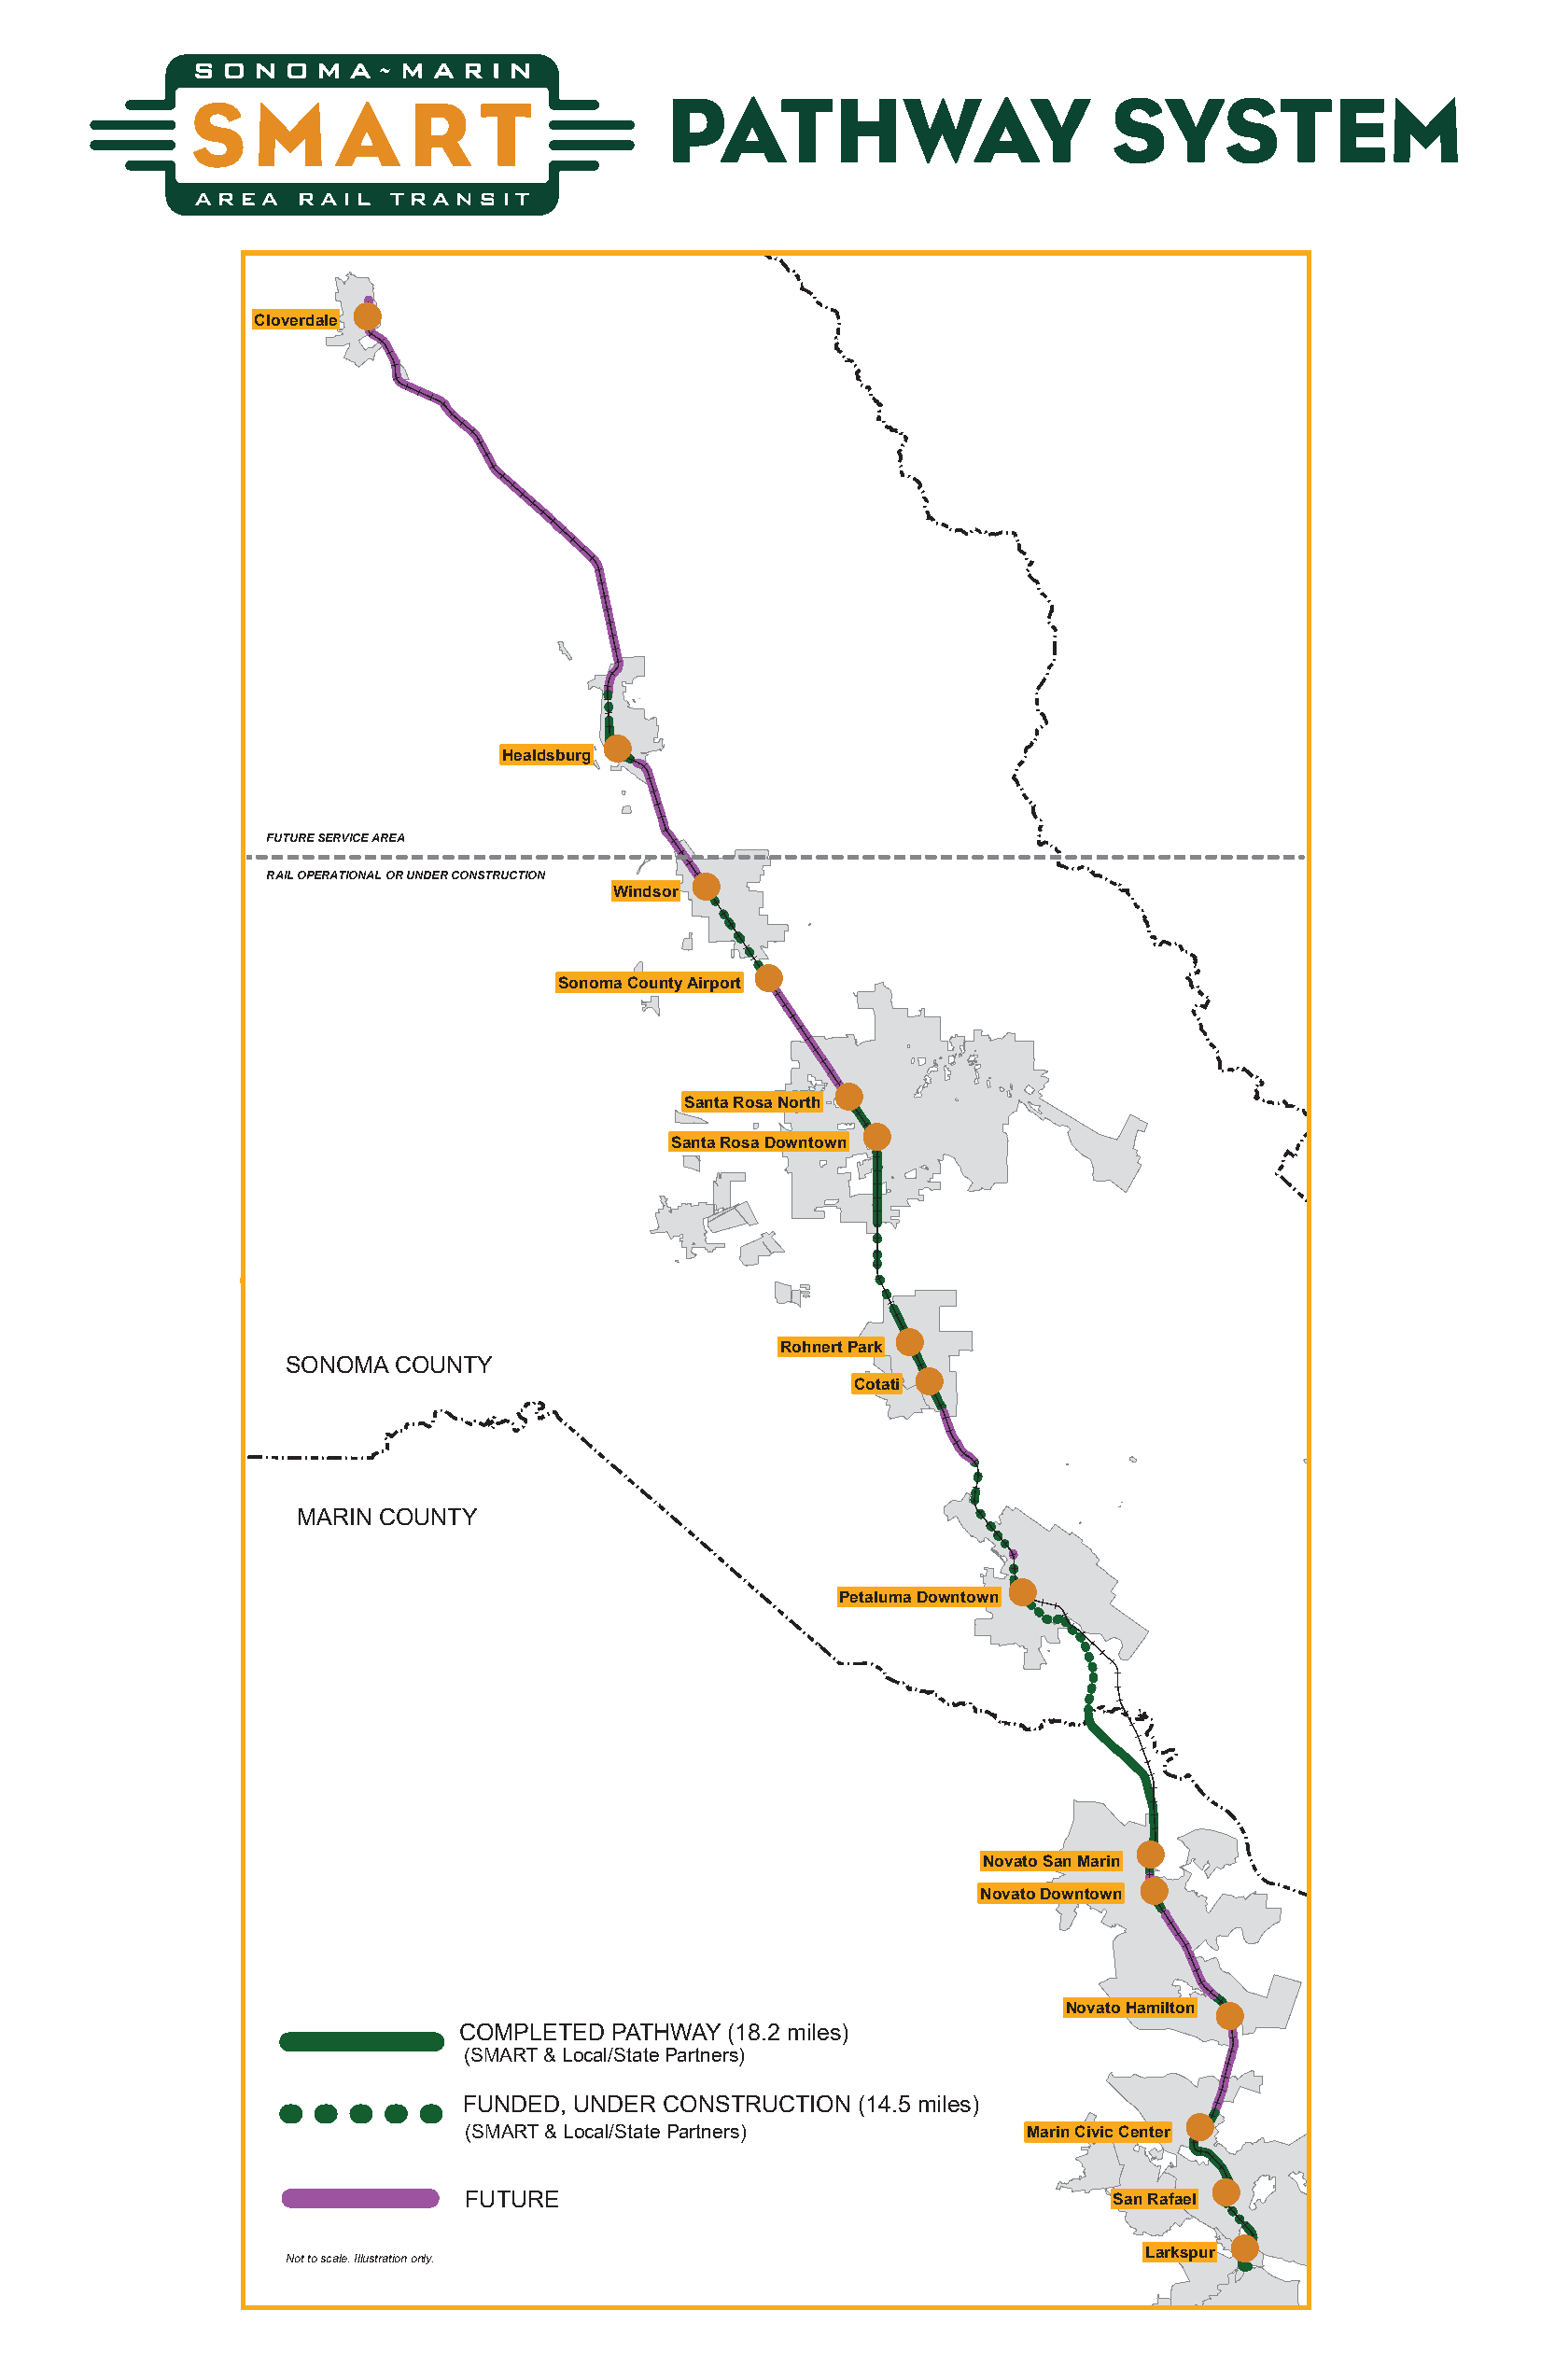
PATHWAY                         SYSTEM
 
 Cloverdale
 
 Healdsburg
 FUTURE SERVICE AREA
 RAIL OPERATIONAL OR UNDER CONSTRUCTION 
 Windsor
 
 Sonoma County Airport
 
 Santa Rosa North
 
 Santa Rosa Downtown
 
 Rohnert Park
 SONOMA  COUNTY
 
 Cotati
 MARIN COUNTY
 
 Petaluma Downtown
 
 Novato San Marin
 
 Novato Downtown
 Novato Hamilton 
 COMPLETED PATHWAY  (18.2 miles)
 (SMART & Local/State Partners)
 FUNDED, UNDER CONSTRUCTION  (14.5 miles)
 
 (SMART & Local/State Partners)          Marin Civic Center
 
 FUTURE                                        San Rafael
 
 Larkspur
 Not to scale. Illustration only.